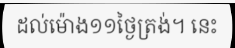
ដល់ម៉ោង១១ថ្ងៃត្រង់។ នេះ